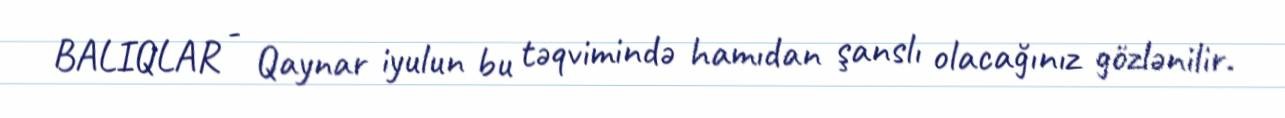
BALIQLAR - Qaynar iyulun bu təqvimində hamıdan şanslı olacağınız gözlənilir.